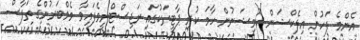
އެންމެ ފަހުން އިލެކްޝަން ކޮމިޝަނުން ހާމަ ކުރި ޕާޓީތަކުގައި ރަޖިސްޓްރީވެފައިވާ މެމްބަރުންގެ ތަފާސް